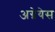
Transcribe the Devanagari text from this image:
अग्नेयेस